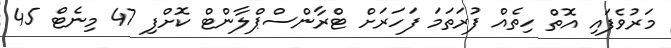
މަރުވެފައި އޮތް ހިތެއް ފުރަތަމަ ފަހަރަށް ޓްރާންސްޕްލާންޓް ކޮށްފި 47 މިނެޓް 45